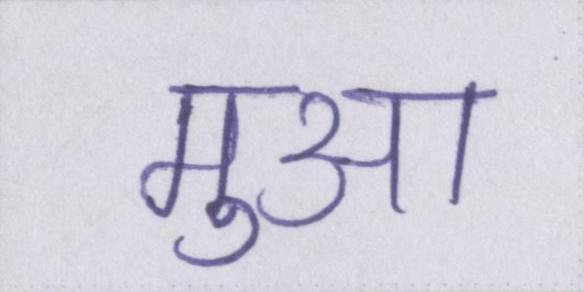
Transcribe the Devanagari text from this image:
मुआ